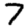
Digit: 7